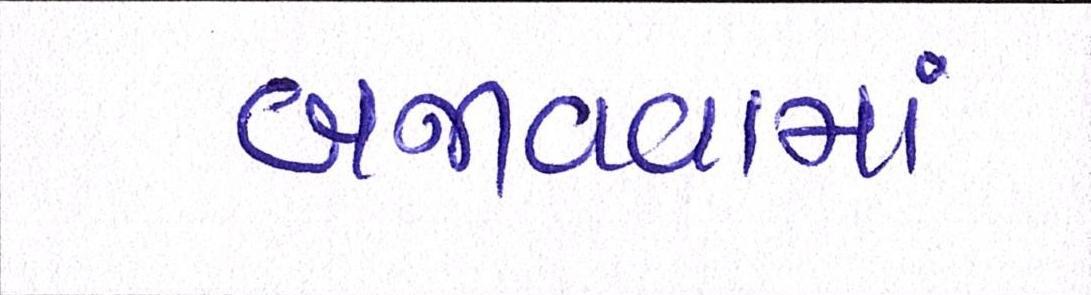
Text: બજાવવામાં